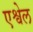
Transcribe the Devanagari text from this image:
एश्वेल